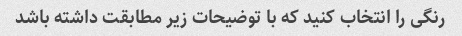
رنگی را انتخاب کنید که با توضیحات زیر مطابقت داشته باشد